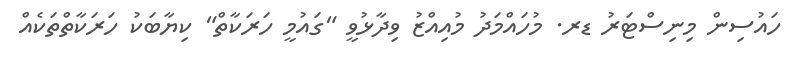
ހައުސިން މިނިސްޓަރު ޑރ. މުހައްމަދު މުއިއްޒު ވިދާޅުވީ "ގައުމީ ހަރަކާތް" ކިޔާބަކު ހަރަކާތްތަކެއްް